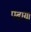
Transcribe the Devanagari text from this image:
पढा़या